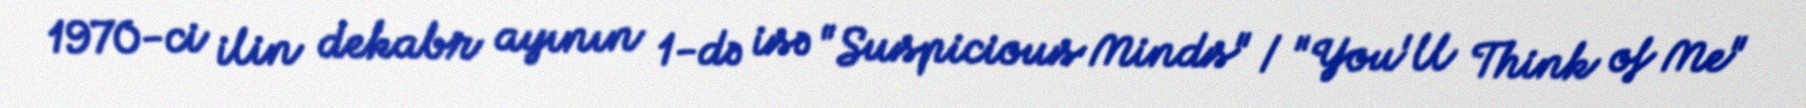
1970-ci ilin dekabr ayının 1-də isə "Suspicious Minds" / "You'll Think of Me"